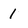
Character: 1